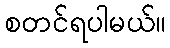
စတင်ရပါမယ်။